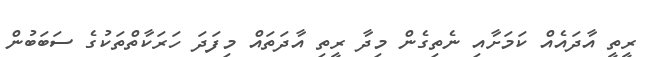
ރީތީ އާދައެއް ކަމަށާއި ނެތިގެން މިދާ ރީތި އާދަތައް މިފަދަ ހަރަކާތްތަކުގެ ސަބަބުން